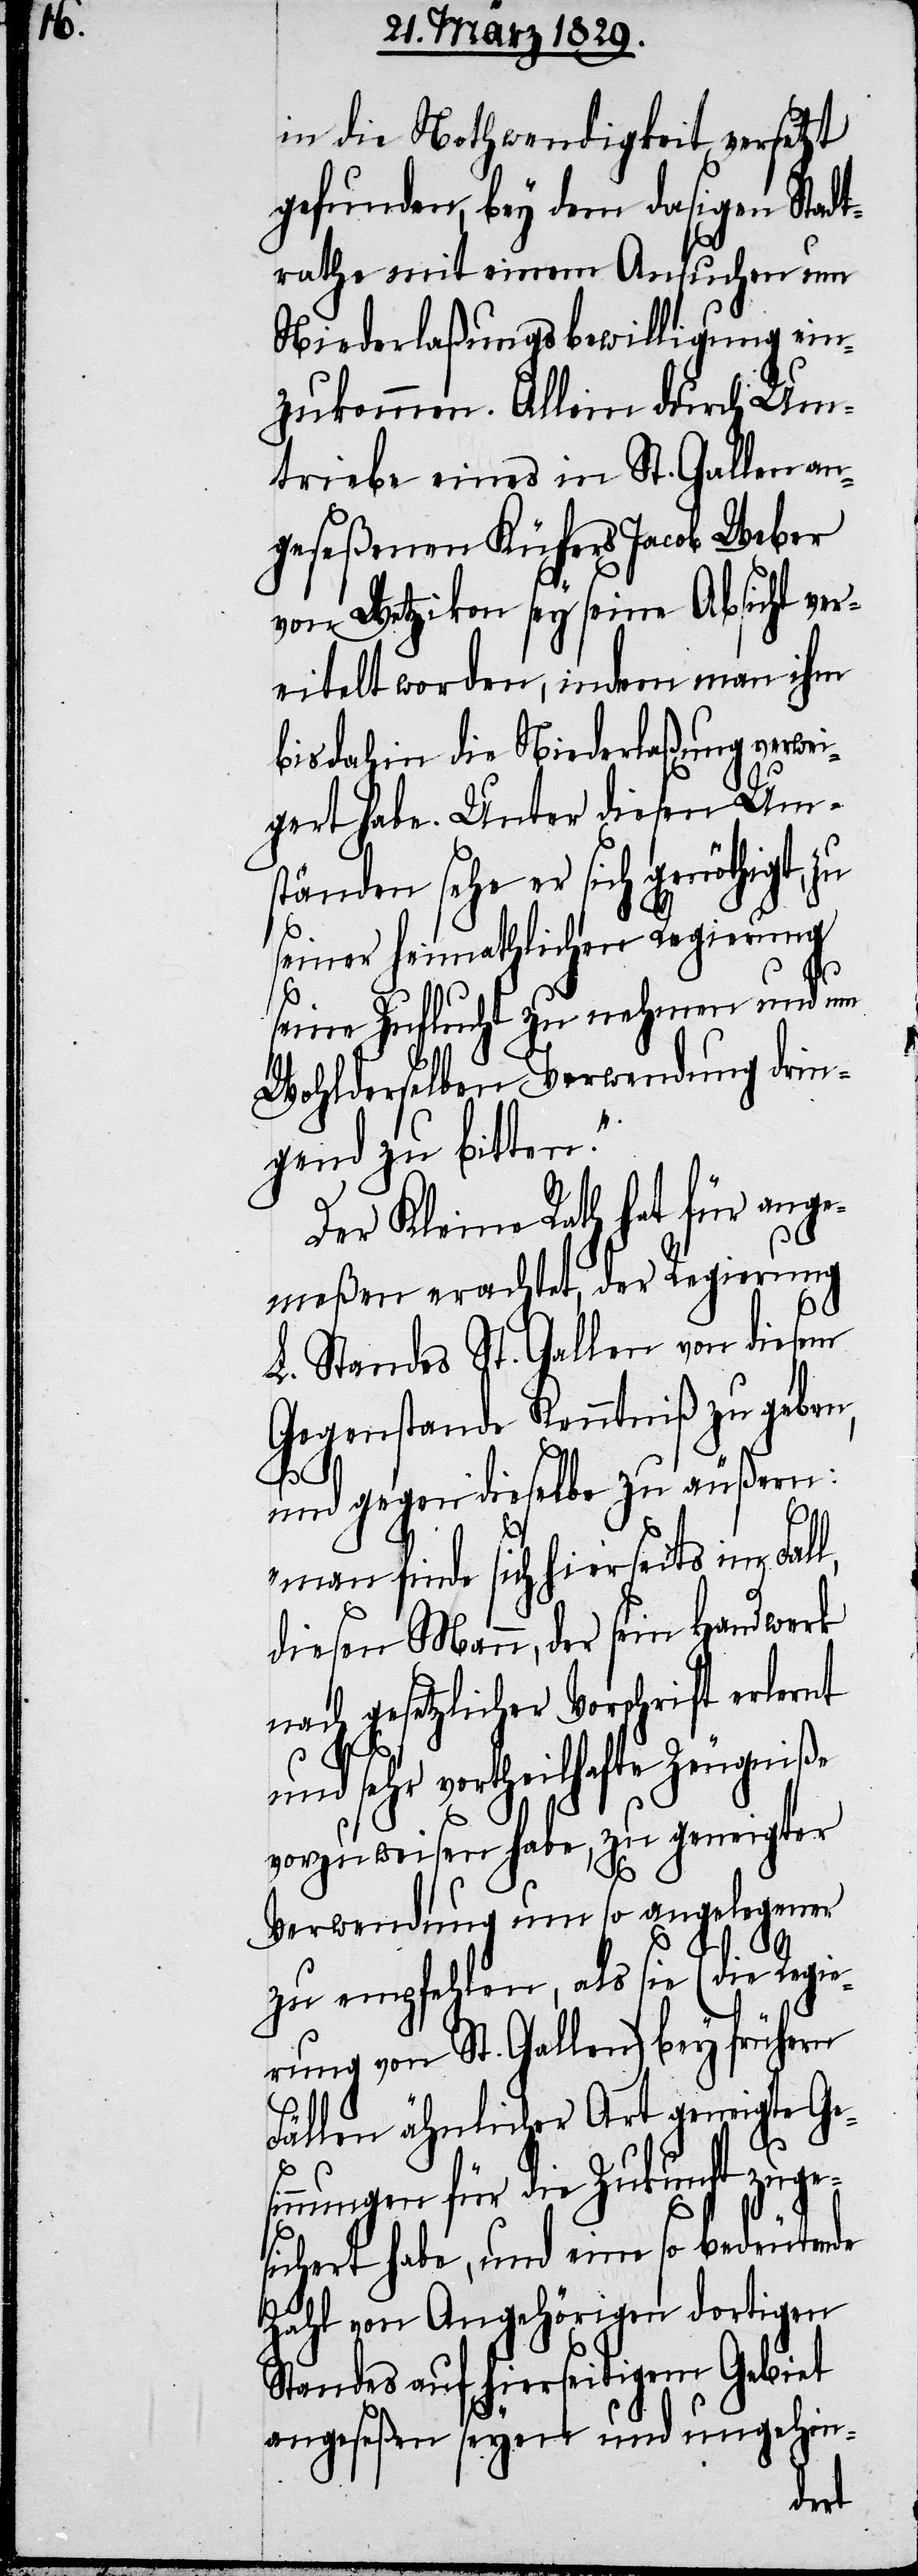
in die Nothwendigkeit versetzt
gefunden, bey dem dasigen Stadt¬
rathe mit einem Ansuchen um
Niederlaßungsbewilligung ein¬
zukommen. Allein durch Um¬
triebe eines in St. Gallen an¬
geseßenen Küfer Jacob Weber
von Wetzikon sey seine Absicht ver¬
eitelt worde, indem man ihm
bisdahin die Niederlaßung verwei¬
gert habe. Unter diesen Um¬
ständen sehe er sich genöthigt,
seiner heimathlichen Regierung
seine Zuflucht zu nehmen und um
Wohlderselben Verwendung drin¬
gend zu bitten.“
Der Kleine Rath hat für ange¬
meßen erachtete, der Regierung
L. Standes St. Gallen von diesem
Gegenstande Kenntniß zu geben,
und gegen dieselbe zu äußern:
„man finde sich hierseits im Fall,
diesen Mann, der sein Handwerk
nach gesetzlicher Vorschrift erlernt
und sehr vortheilhafte Zeugniße
vorzuweisen habe, zu geneigter
Verwendung um so angelegener
zu empfehlen, als sie (die Regie¬
rung von St. Gallen) bey frühern
Fällen ähnlicher Art geneigte Ge¬
sinnungen für die Zukunft zuge¬
sichert habe, und eine so bedeutende
Zahl von Angehörigen dortigen
Standes auf hierseitigem Gebiet
angeseßen seyen und ungehin-